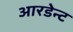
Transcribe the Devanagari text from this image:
आरडेन्ट